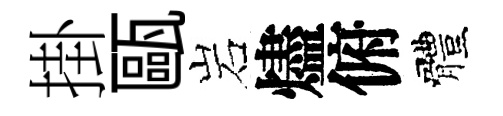
掛甌岩燼俯體